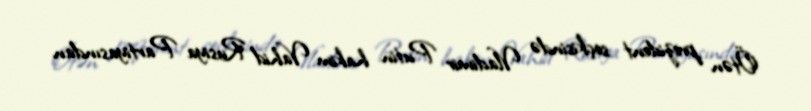
Ötən prezident seçkisində Vladimir Putin hakim Vahid Rusiya Partiyasından